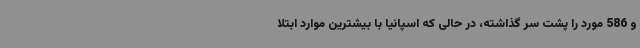
و 586 مورد را پشت سر گذاشته، در حالی که اسپانیا با بیشترین موارد ابتلا